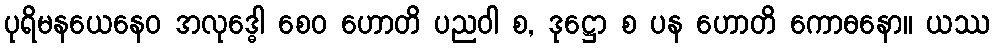
ပုရိမနယေနေဝ အလုဒ္ဓေါ စေဝ ဟောတိ ပညဝါ စ, ဒုဋ္ဌော စ ပန ဟောတိ ကောဓနော။ ယဿ